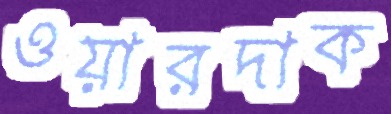
ওয়ারদাক